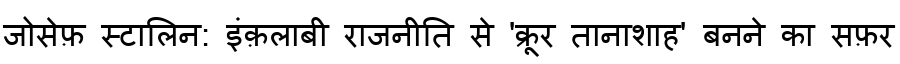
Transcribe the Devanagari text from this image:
जोसेफ़ स्टालिन: इंक़लाबी राजनीति से 'क्रूर तानाशाह' बनने का सफ़र